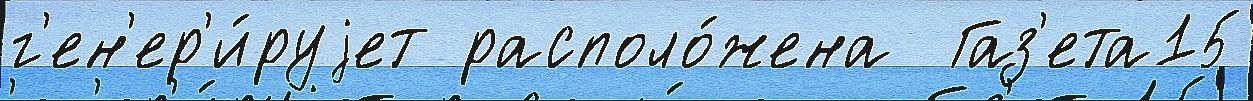
г'ен'ер'и́руjет располо́жена  Газ'ета15